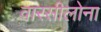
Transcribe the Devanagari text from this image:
वारसीलोना